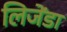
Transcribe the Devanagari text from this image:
लिजेंडा